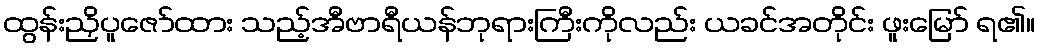
ထွန်းညှိပူဇော်ထား သည့်အီဗာရီယန်ဘုရားကြီးကိုလည်း ယခင်အတိုင်း ဖူးမြော် ရ၏။